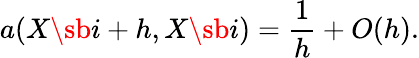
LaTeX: a(X\sb i+h,X\sb i)={\frac{1}{h}}+O(h).